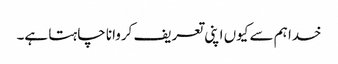
خدا ہم سے کیوں اپنی تعریف کروانا چاہتا ہے۔